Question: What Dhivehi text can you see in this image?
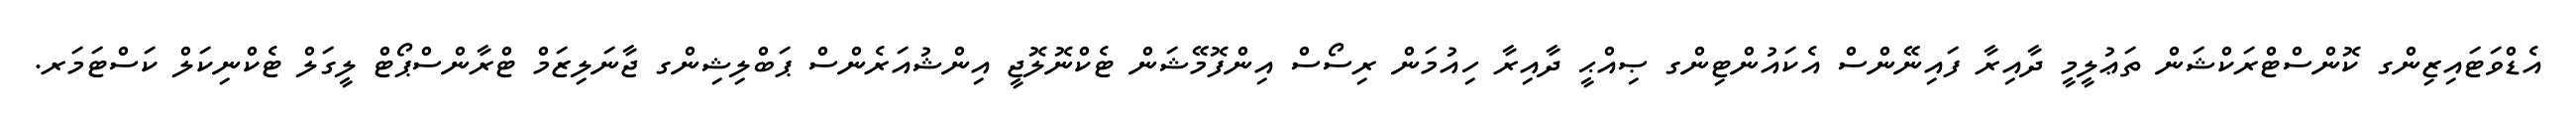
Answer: އެޑްވަޓައިޒިންގ ކޮންސްޓްރަކްޝަން ތަޢުލީމީ ދާއިރާ ފައިނޭންސް އެކައުންޓިންގ ޞިއްޙީ ދާއިރާ ހިއުމަން ރިސޯސް އިންފޮމޭޝަން ޓެކްނޮލޮޖީ އިންޝުއަރެންސް ޕަބްލިޝިންގ ޖާނަލިޒަމް ޓްރާންސްޕޯޓް ލީގަލް ޓެކްނިކަލް ކަސްޓަމަރ.